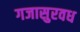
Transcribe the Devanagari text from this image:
गजासुरवध